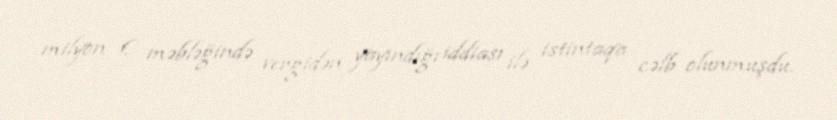
milyon € məbləğində vergidən yayındığı iddiası ilə istintaqa cəlb olunmuşdu.